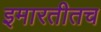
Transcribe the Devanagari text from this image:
इमारतीतच